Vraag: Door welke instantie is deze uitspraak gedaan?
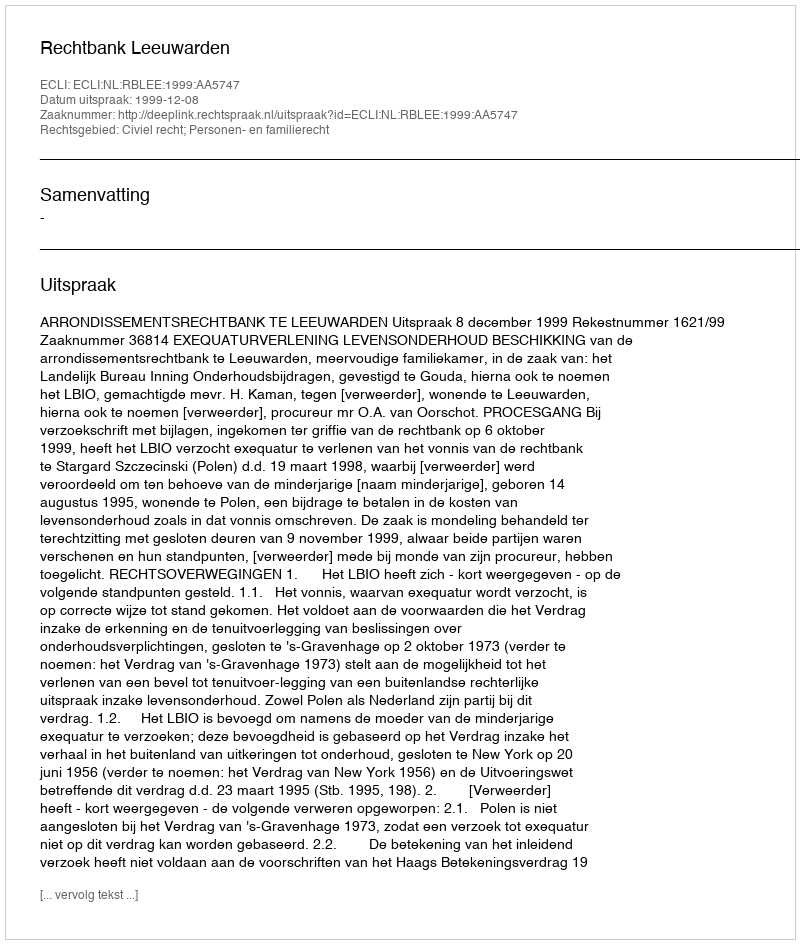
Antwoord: Rechtbank Leeuwarden